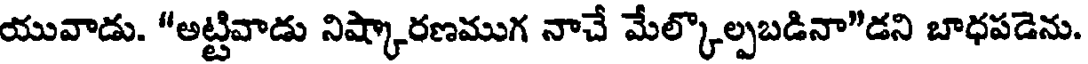
యువాడు. "అట్టివాడు నిష్కారణముగ నాచే మేల్కొల్పబడినా"డని బాధపడెను.